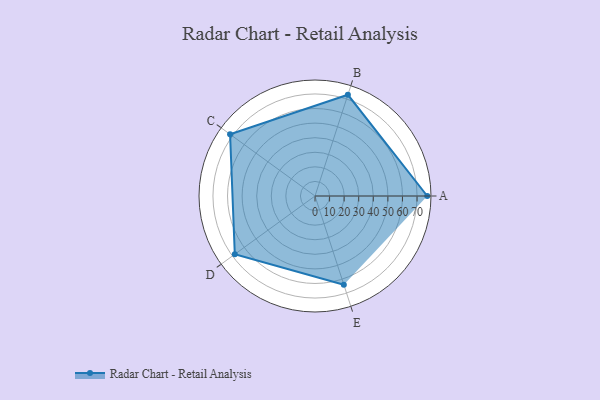
{"axis": {"x": "Skill", "y": "Score"}, "legend": ["Profile"], "data": [{"x": "A", "y": 77.0, "type": "Profile"}, {"x": "B", "y": 73.0, "type": "Profile"}, {"x": "C", "y": 72.0, "type": "Profile"}, {"x": "D", "y": 68.0, "type": "Profile"}, {"x": "E", "y": 64.0, "type": "Profile"}]}